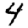
Digit: 4